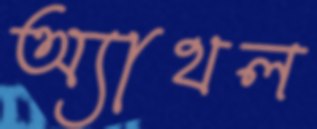
অ্যাথল